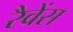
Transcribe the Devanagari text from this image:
रैवेंस